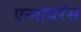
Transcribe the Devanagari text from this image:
एन्वायरंस